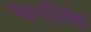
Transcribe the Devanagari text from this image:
काल्हि